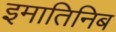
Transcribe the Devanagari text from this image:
इमातिनिब